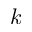
k